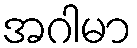
အဂါမာ